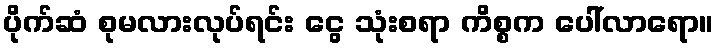
ပိုက်ဆံ စုမလားလုပ်ရင်း ငွေ သုံးစရာ ကိစ္စက ပေါ်လာရော။